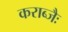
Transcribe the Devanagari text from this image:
कराब्जैः